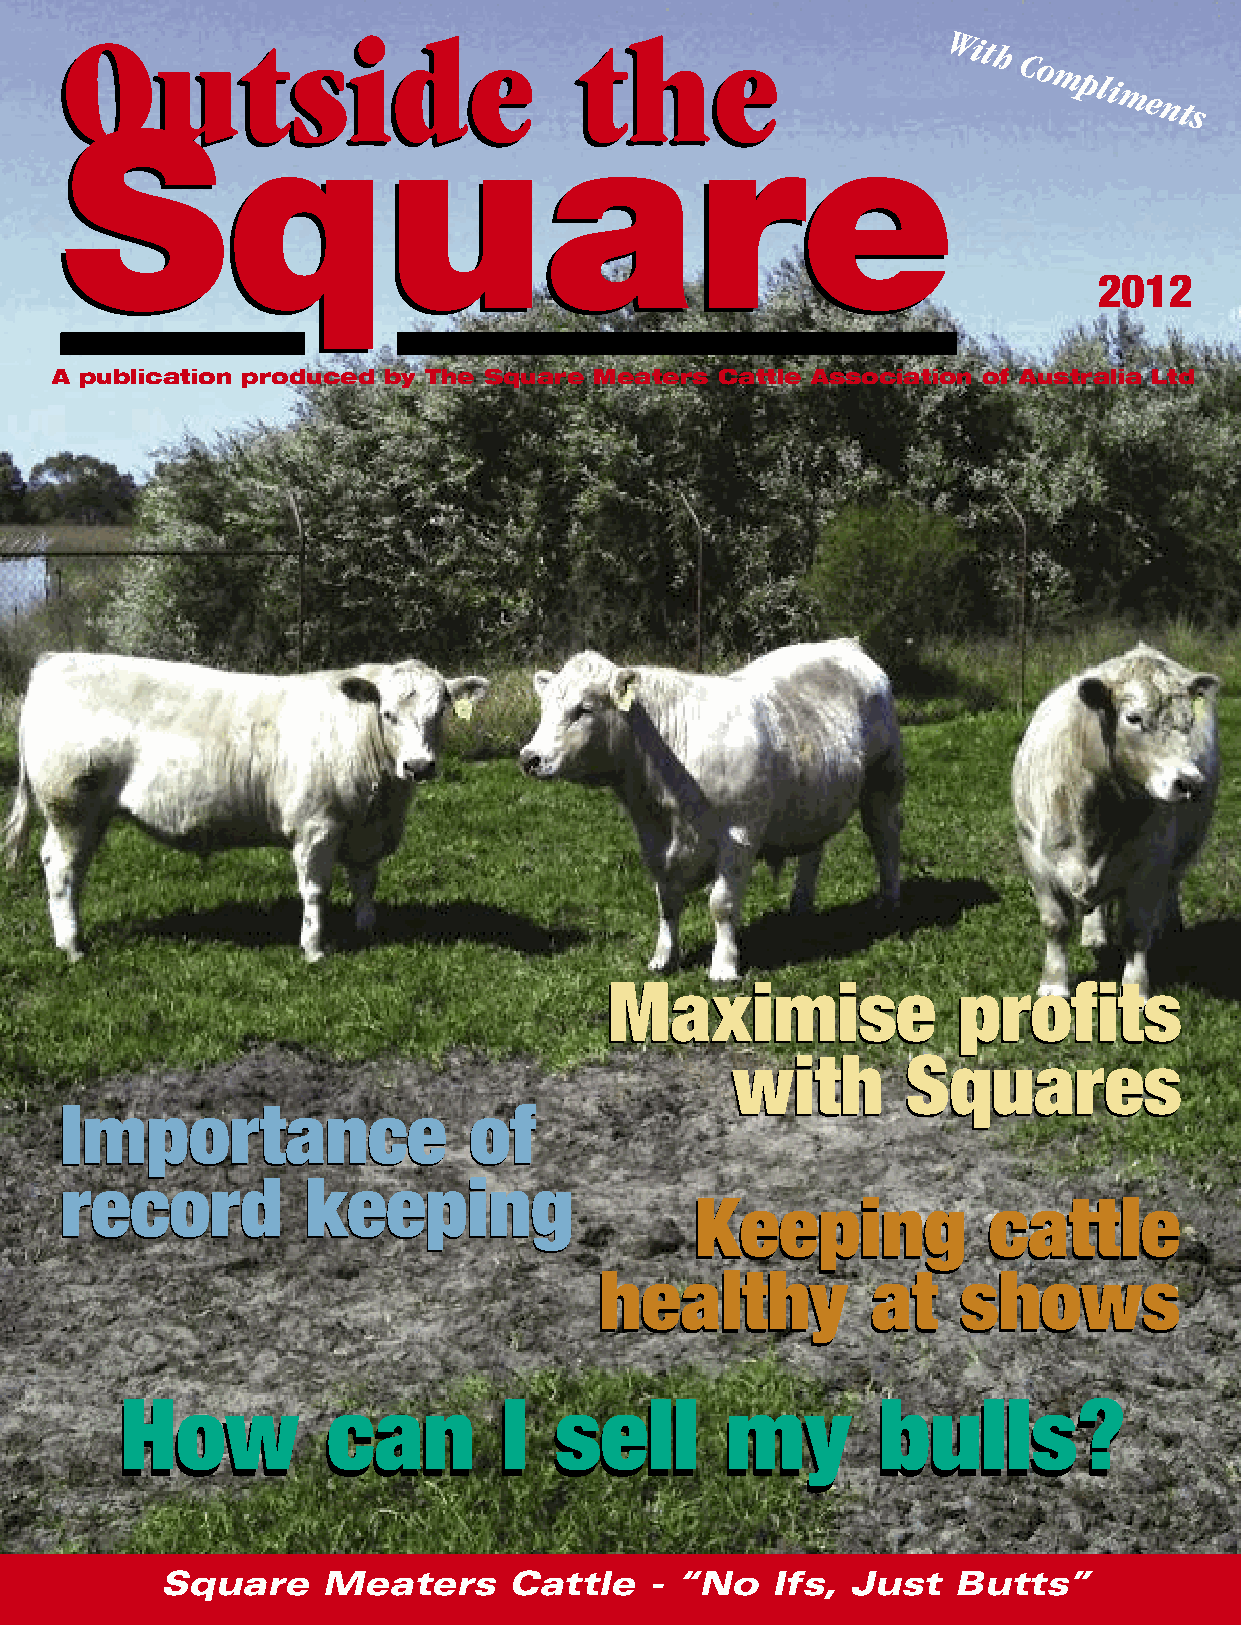
OOuuttssiiddee                    tthhee
 With
 Co
 mpli
 SSqquuaarree
 ments
 2012
 A publication produced by The Square Meaters Cattle Association of Australia Ltd
 MMaaxxiimmiissee       pprrooffiittss
 wwiitthh    SSqquuaarreess
 IImmppoorrttaannccee       ooff
 rreeccoorrdd    kkeeeeppiinngg
 KKeeeeppiinngg     ccaattttllee
 hheeaalltthhyy    aatt sshhoowwss
 How           can        I   sell       my        bulls?
 How          can         I   sell       my        bulls?
 Square    Meaters      Cattle   - “No   Ifs, Just   Butts”